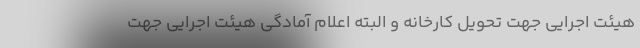
هیئت اجرایی جهت تحويل کارخانه و البته اعلام آمادگی هیئت اجرایی جهت